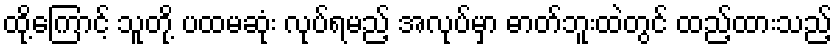
ထို့ကြောင့် သူတို့ ပထမဆုံး လုပ်ရမည့် အလုပ်မှာ ဓာတ်ဘူးထဲတွင် ထည့်ထားသည့်